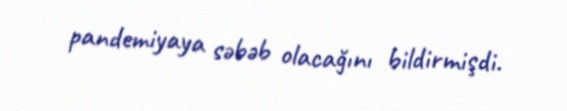
pandemiyaya səbəb olacağını bildirmişdi.